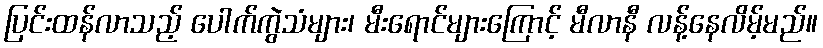
ပြင်းထန်လာသည့် ပေါက်ကွဲသံများ၊ မီးရောင်များကြောင့် မီလာနီ လန့်နေလိမ့်မည်။